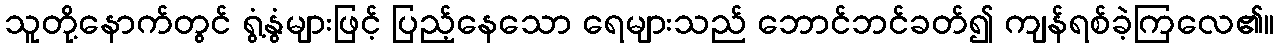
သူတို့နောက်တွင် ရွံ့နွံများဖြင့် ပြည့်နေသော ရေများသည် ဘောင်ဘင်ခတ်၍ ကျန်ရစ်ခဲ့ကြလေ၏။